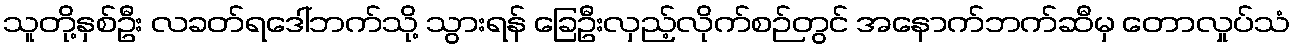
သူတို့နှစ်ဦး လခတ်ရဒေါ်ဘက်သို့ သွားရန် ခြေဦးလှည့်လိုက်စဉ်တွင် အနောက်ဘက်ဆီမှ တောလှုပ်သံ